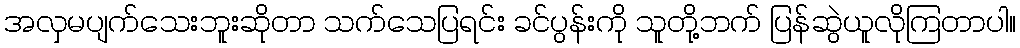
အလှမပျက်သေးဘူးဆိုတာ သက်သေပြရင်း ခင်ပွန်းကို သူတို့ဘက် ပြန်ဆွဲယူလိုကြတာပါ။